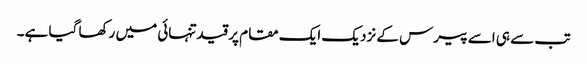
تب سے ہی اسے پیرس کے نزدیک ایک مقام پر قیدتنہائی میں رکھا گیا ہے۔